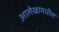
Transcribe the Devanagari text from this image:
आलेखामधील